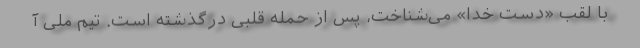
با لقب «دست خدا» می‌شناخت، پس از حمله قلبی درگذشته است. تیم ملی آ